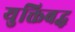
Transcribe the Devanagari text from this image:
युक्तिबद्ध